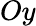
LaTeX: Oy